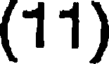
(11)